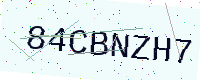
Text: 84CBNZH7